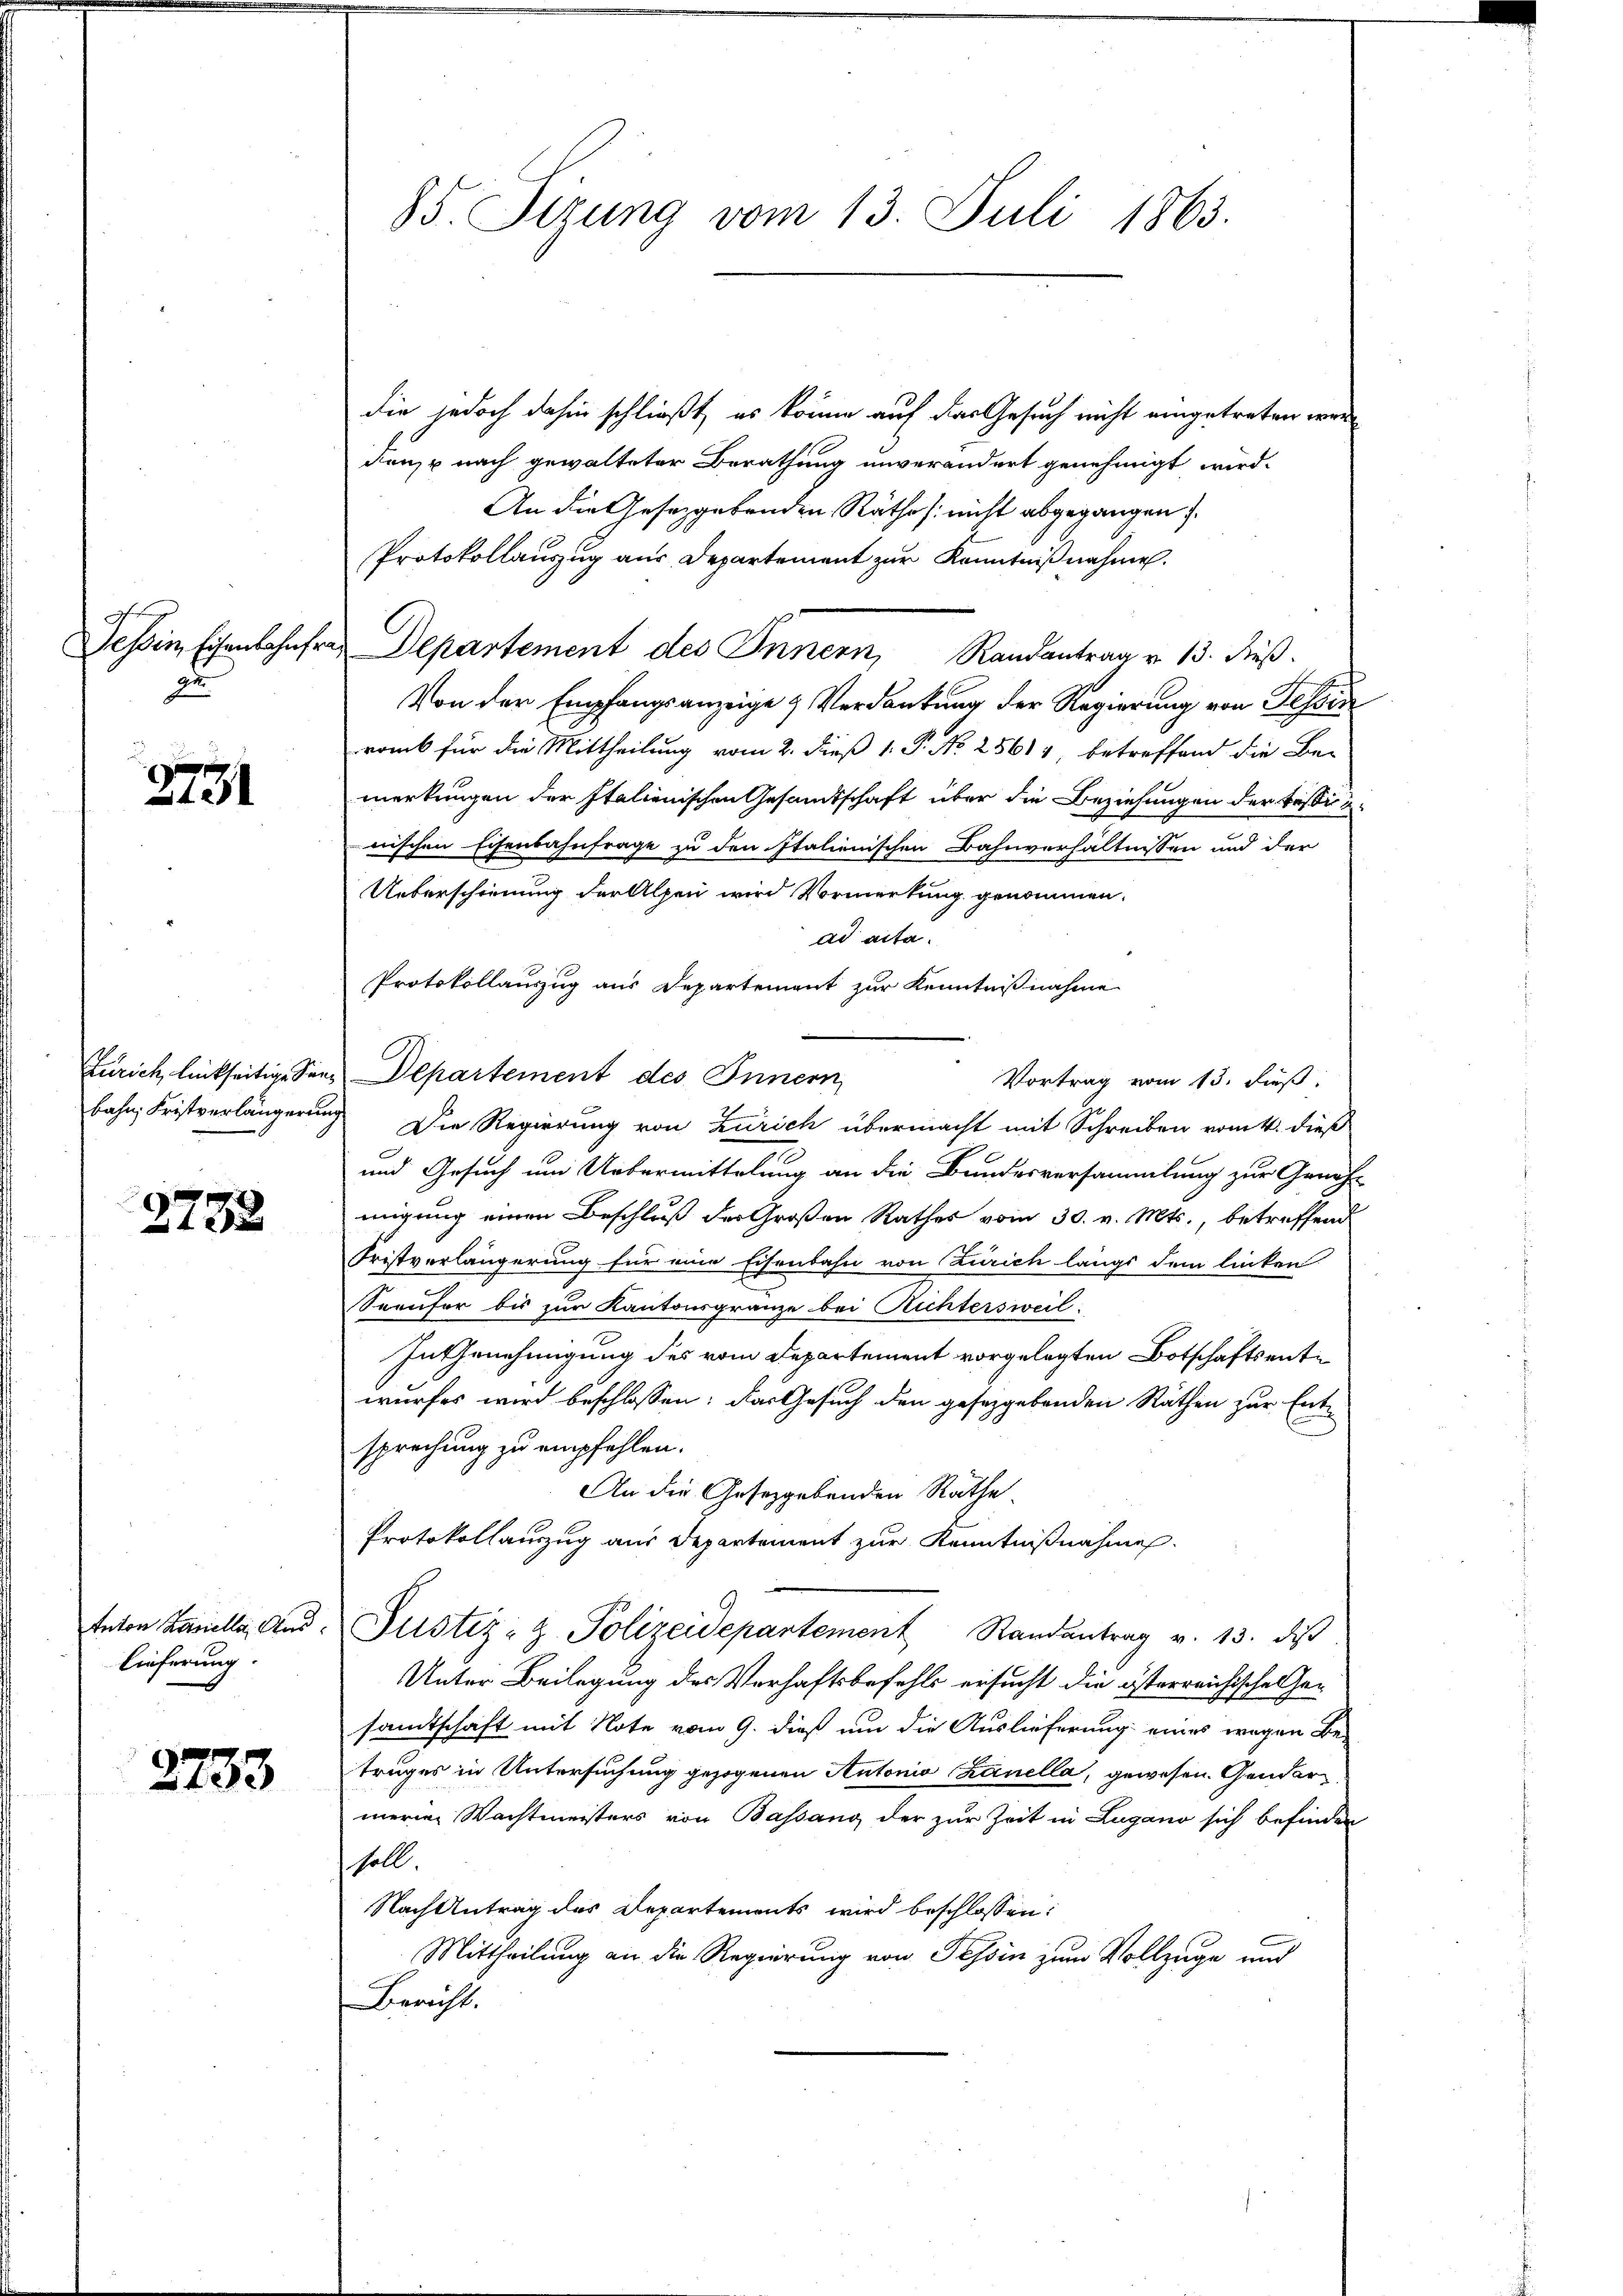
an

2731

2732

lieferung.

2733

die jedoch dahin schließt, es könne auf das Gesuch nicht eingetreten werde
den, u nach gewalteter Berathung unverändert genehmigt wird.
An die Gesetzgebenden Rathes nicht abgegangen
Protokollauszug aus Departement zur Kenntnißnahmen.
Tessin schenschehen Departement des Innern, Randantrag v. 13. dieß.
Von der Empfangsanzeige & Verdankung der Regierung von Tessin
ramb für die Mittheilung vom 2. dieß 1. P. No 25614, betreffend die Be-
merkungen der Italienischen Gesandtschaft über die Beziehungen der Bestitunischen Eisenbahnfrage zu den Italienischen Bahnverhältnissen und der
Ueberschienung der Alpen wird Vormerkung genommen.
ad acta.
Protokollauszug aus Departement zur Kenntnißnahme
Zürich linkseitige Seen Departement des Innern
Vortrag vom 13. Fuß.
bahn Fristverlängerung. Die Regierung von Zürich übermacht mit Schreiben vom 4. dieß
und Gesuch um Uebermittelung an die Bundesversammlung zur Geneh-
migung einen Beschluß der Großen Rathes vom 30. v. Mts., betreffend
Fristverlängerung für eine Eisenbahn von Zürich längs dem linken
Seeufer bis zur Kantonsgränze bei Richtersweil
Inthrnehmigung des vom Departement vorgelegten Botschaftsentwurfes wird beschlossen: das Gesuch den gesetzgebenden Räthen zur Ent-
sprechung zu empfehlen.
An die Gesetzgebenden Rathe
Protokollauszug aus Departement zur Kenntnißnahmen.
tnton Lanelle And. Justiz- & Polizeidepartement Randantrag v. 13. diβ
Unter Beilegung des Verhaftsbefehls ersucht die österreichische Gesamtschaft mit Note vom 9. dieß um die Auslieferung eines wegen Be-
truges in Untersuchung gezogenen Autonio Zanella, gewesen. Gendarmerien Wachtmeisters von Bassang der zur Zeit in Lugano sich befinden
soll
Nach Antrag des Departements wird beschlossen:
Mittheilung an die Regierung von Tessin zum Vollzuge und
Bericht.

85. Sizung vom 13. Juli 1863.